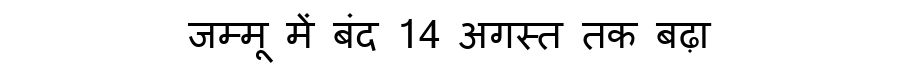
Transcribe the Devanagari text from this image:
जम्मू में बंद 14 अगस्त तक बढ़ा